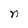
Character: n